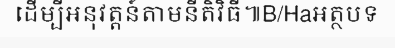
ដើម្បីអនុវត្តន៍តាមនីតិវិធី៕B/Haអត្ថបទ